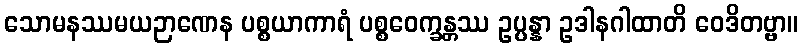
သောမနဿမယဉာဏေန ပစ္စယာကာရံ ပစ္စဝေက္ခန္တဿ ဥပ္ပန္နာ ဥဒါနဂါထာတိ ဝေဒိတဗ္ဗာ။